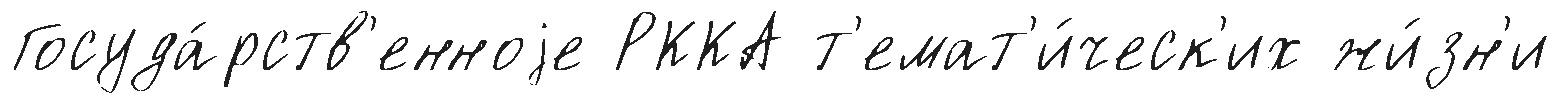
Госуда́рств'енноjе РККА т'емат'и́ческ'их жи́зн'и